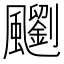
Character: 䬟